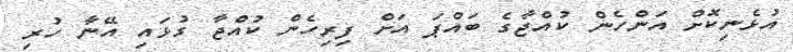
އުޅެނިކޮށް އަންހެން ކުއްޖާގެ ބައްޕަ އަށް ފިރިހެން ކުއްޖާ ގުޅައި އޭނާ ހުރި